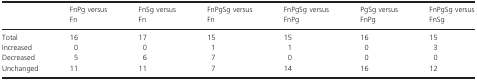
<table><thead><tr><td>[EMPTY_CELL]</td><td><b>FnPg versus Fn</b></td><td><b>FnSg versus Fn</b></td><td><b>FnPgSg versus Fn</b></td><td><b>FnPgSg versus FnPg</b></td><td><b>PgSg versus FnPg</b></td><td><b>FnPgSg versus FnSg</b></td></tr></thead><tbody><tr><td>Total</td><td>16</td><td>17</td><td>15</td><td>15</td><td>16</td><td>15</td></tr><tr><td>Increased</td><td>0</td><td>0</td><td>1</td><td>1</td><td>0</td><td>3</td></tr><tr><td>Decreased</td><td>5</td><td>6</td><td>7</td><td>0</td><td>0</td><td>0</td></tr><tr><td>Unchanged</td><td>11</td><td>11</td><td>7</td><td>14</td><td>16</td><td>12</td></tr></tbody></table>